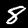
Label: 8